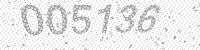
Solution: 005136